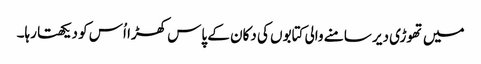
میں تھوڑی دیر سامنے والی کتابوں کی دکان کے پاس کھڑا اُس کو دیکھتا رہا۔